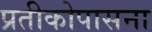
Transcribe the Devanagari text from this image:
प्रतीकोपासना